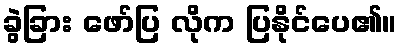
ခွဲခြား ဖော်ပြ လိုက ပြနိုင်ပေ၏။